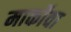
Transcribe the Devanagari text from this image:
मार्कोवा